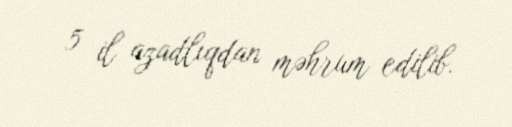
5 il azadlıqdan məhrum edilib.